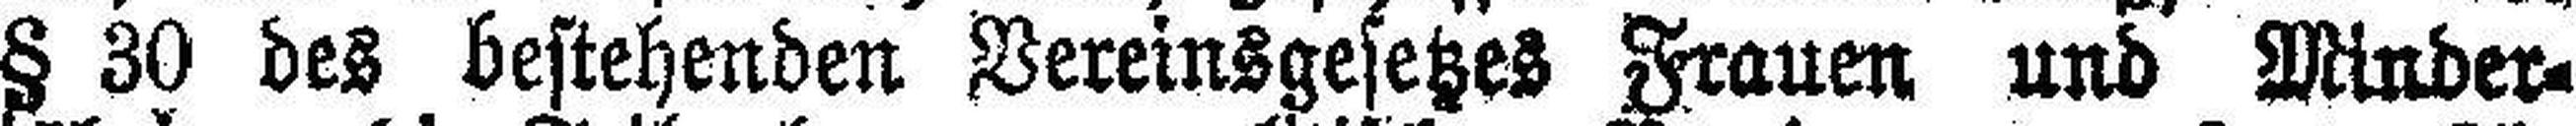
§ 30 des bestehenden Vereinsgesetzes Frauen und Minder¬